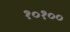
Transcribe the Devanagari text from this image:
१०१००